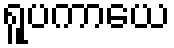
ရူပကာယေ